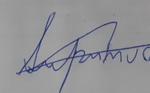
Signature authenticity: forged